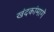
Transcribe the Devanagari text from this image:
खंदकांमागे